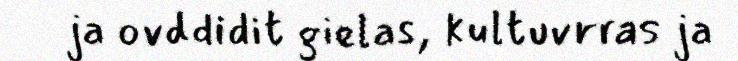
ja ovddidit gielas, kultuvrras ja